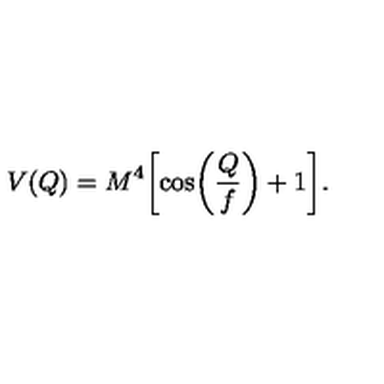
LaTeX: V ( Q ) = M ^ { 4 } \biggl [ \cos \biggl ( \frac { Q } { f } \biggr ) + 1 \biggr ] .